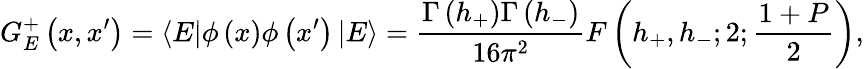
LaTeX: G_{E}^{+}\left(x,x^{\prime}\right)=\left\langle E\right|\phi\left(x\right)\phi\left(x^{\prime}\right)\left|E\right\rangle=\frac{\Gamma\left(h_{+}\right)\Gamma\left(h_{-}\right)}{16\pi^{2}}F\left(h_{+},h_{-};2;\frac{1+P}{2}\right),